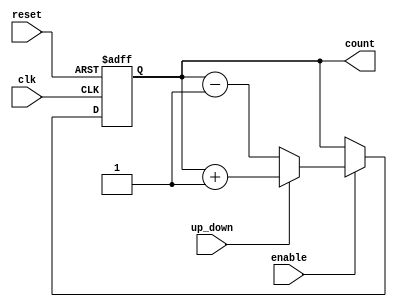
module up_down_counter (
    input wire clk,          // Clock signal
    input wire reset,        // Asynchronous reset signal
    input wire up_down,      // Control signal for counting direction
    input wire enable,       // Enable signal for counting
    output reg [N-1:0] count // Current count value (N bits wide)
);
    parameter N = 4; // Define the width of the counter (number of bits)

    // Asynchronous reset and counting logic
    always @(posedge clk or posedge reset) begin
        if (reset) begin
            count <= 0; // Reset the counter to zero
        end else if (enable) begin
            if (up_down) begin
                count <= count + 1; // Increment the counter
            end else begin
                count <= count - 1; // Decrement the counter
            end
        end
    end

endmodule